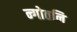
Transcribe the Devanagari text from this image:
न्गोतनि